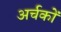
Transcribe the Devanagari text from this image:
अर्चकों